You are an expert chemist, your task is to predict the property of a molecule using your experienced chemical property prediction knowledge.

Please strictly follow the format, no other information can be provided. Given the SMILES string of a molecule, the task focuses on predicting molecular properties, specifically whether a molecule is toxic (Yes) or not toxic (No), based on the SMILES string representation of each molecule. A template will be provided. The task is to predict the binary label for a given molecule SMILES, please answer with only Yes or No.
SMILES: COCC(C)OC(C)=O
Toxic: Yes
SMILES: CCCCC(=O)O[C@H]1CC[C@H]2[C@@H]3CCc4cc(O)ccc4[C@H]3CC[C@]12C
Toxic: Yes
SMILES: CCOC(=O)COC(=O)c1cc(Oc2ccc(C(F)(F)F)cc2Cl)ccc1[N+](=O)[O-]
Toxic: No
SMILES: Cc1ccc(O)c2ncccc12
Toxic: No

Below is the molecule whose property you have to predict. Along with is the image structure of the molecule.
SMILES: CCCCCCCCCCCCCCCCCl
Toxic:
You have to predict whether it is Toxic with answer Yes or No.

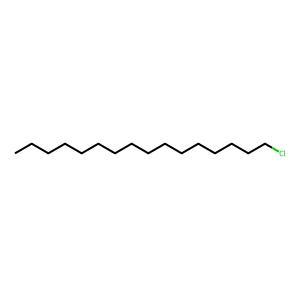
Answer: No